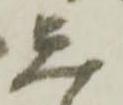
し